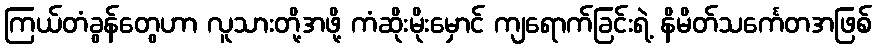
ကြယ်တံခွန်တွေဟာ လူသားတို့အဖို့ ကံဆိုးမိုးမှောင် ကျရောက်ခြင်းရဲ့ နိမိတ်သင်္ကေတအဖြစ်